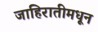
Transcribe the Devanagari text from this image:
जाहिरातीमधून